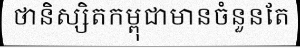
ថានិស្សិតកម្ពុជាមានចំនួនតែ